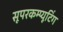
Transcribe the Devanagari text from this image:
सूपरकम्प्यूटिंग